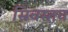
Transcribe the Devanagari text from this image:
स्रिवस्तव